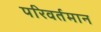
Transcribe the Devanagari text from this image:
परिवर्तमान